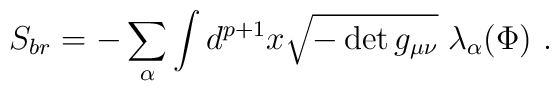
S_{br} = -\sum_{\alpha} \int d^{p+1} x \sqrt {-\det  g_{\mu\nu}}\; \lambda_\alpha (\Phi)~.